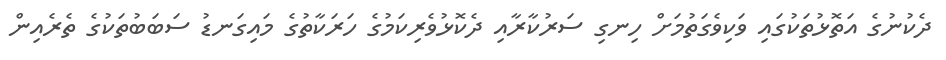
ދެކުނުގެ އަތޮޅުތަކުގައި ވަކިވެގަތުމަށް ހިނގި ސަރުކާރާއި ދެކޮޅުވެރިކަމުގެ ހަރަކާތުގެ މައިގަނޑު ސަބަބުތަކުގެ ތެރެއިން